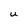
Character: u